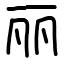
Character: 丽